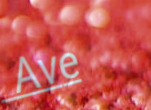
Ave